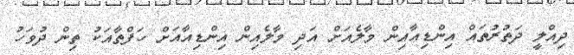
ދިއްލީ ދަތުރުތައް އިންޑިއާއިން މާލެއަށް އަދި މާލެއިން އިންޑިއާއަށް ހަފްތާއަކު ތިން ދުވަހު